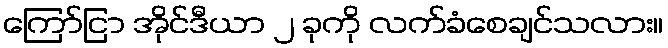
ကြော်ငြာ အိုင်ဒီယာ ၂ ခုကို လက်ခံစေချင်သလား။